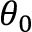
\theta _ { 0 }